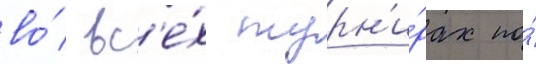
во́ вс'е́х турн'и́рах по́